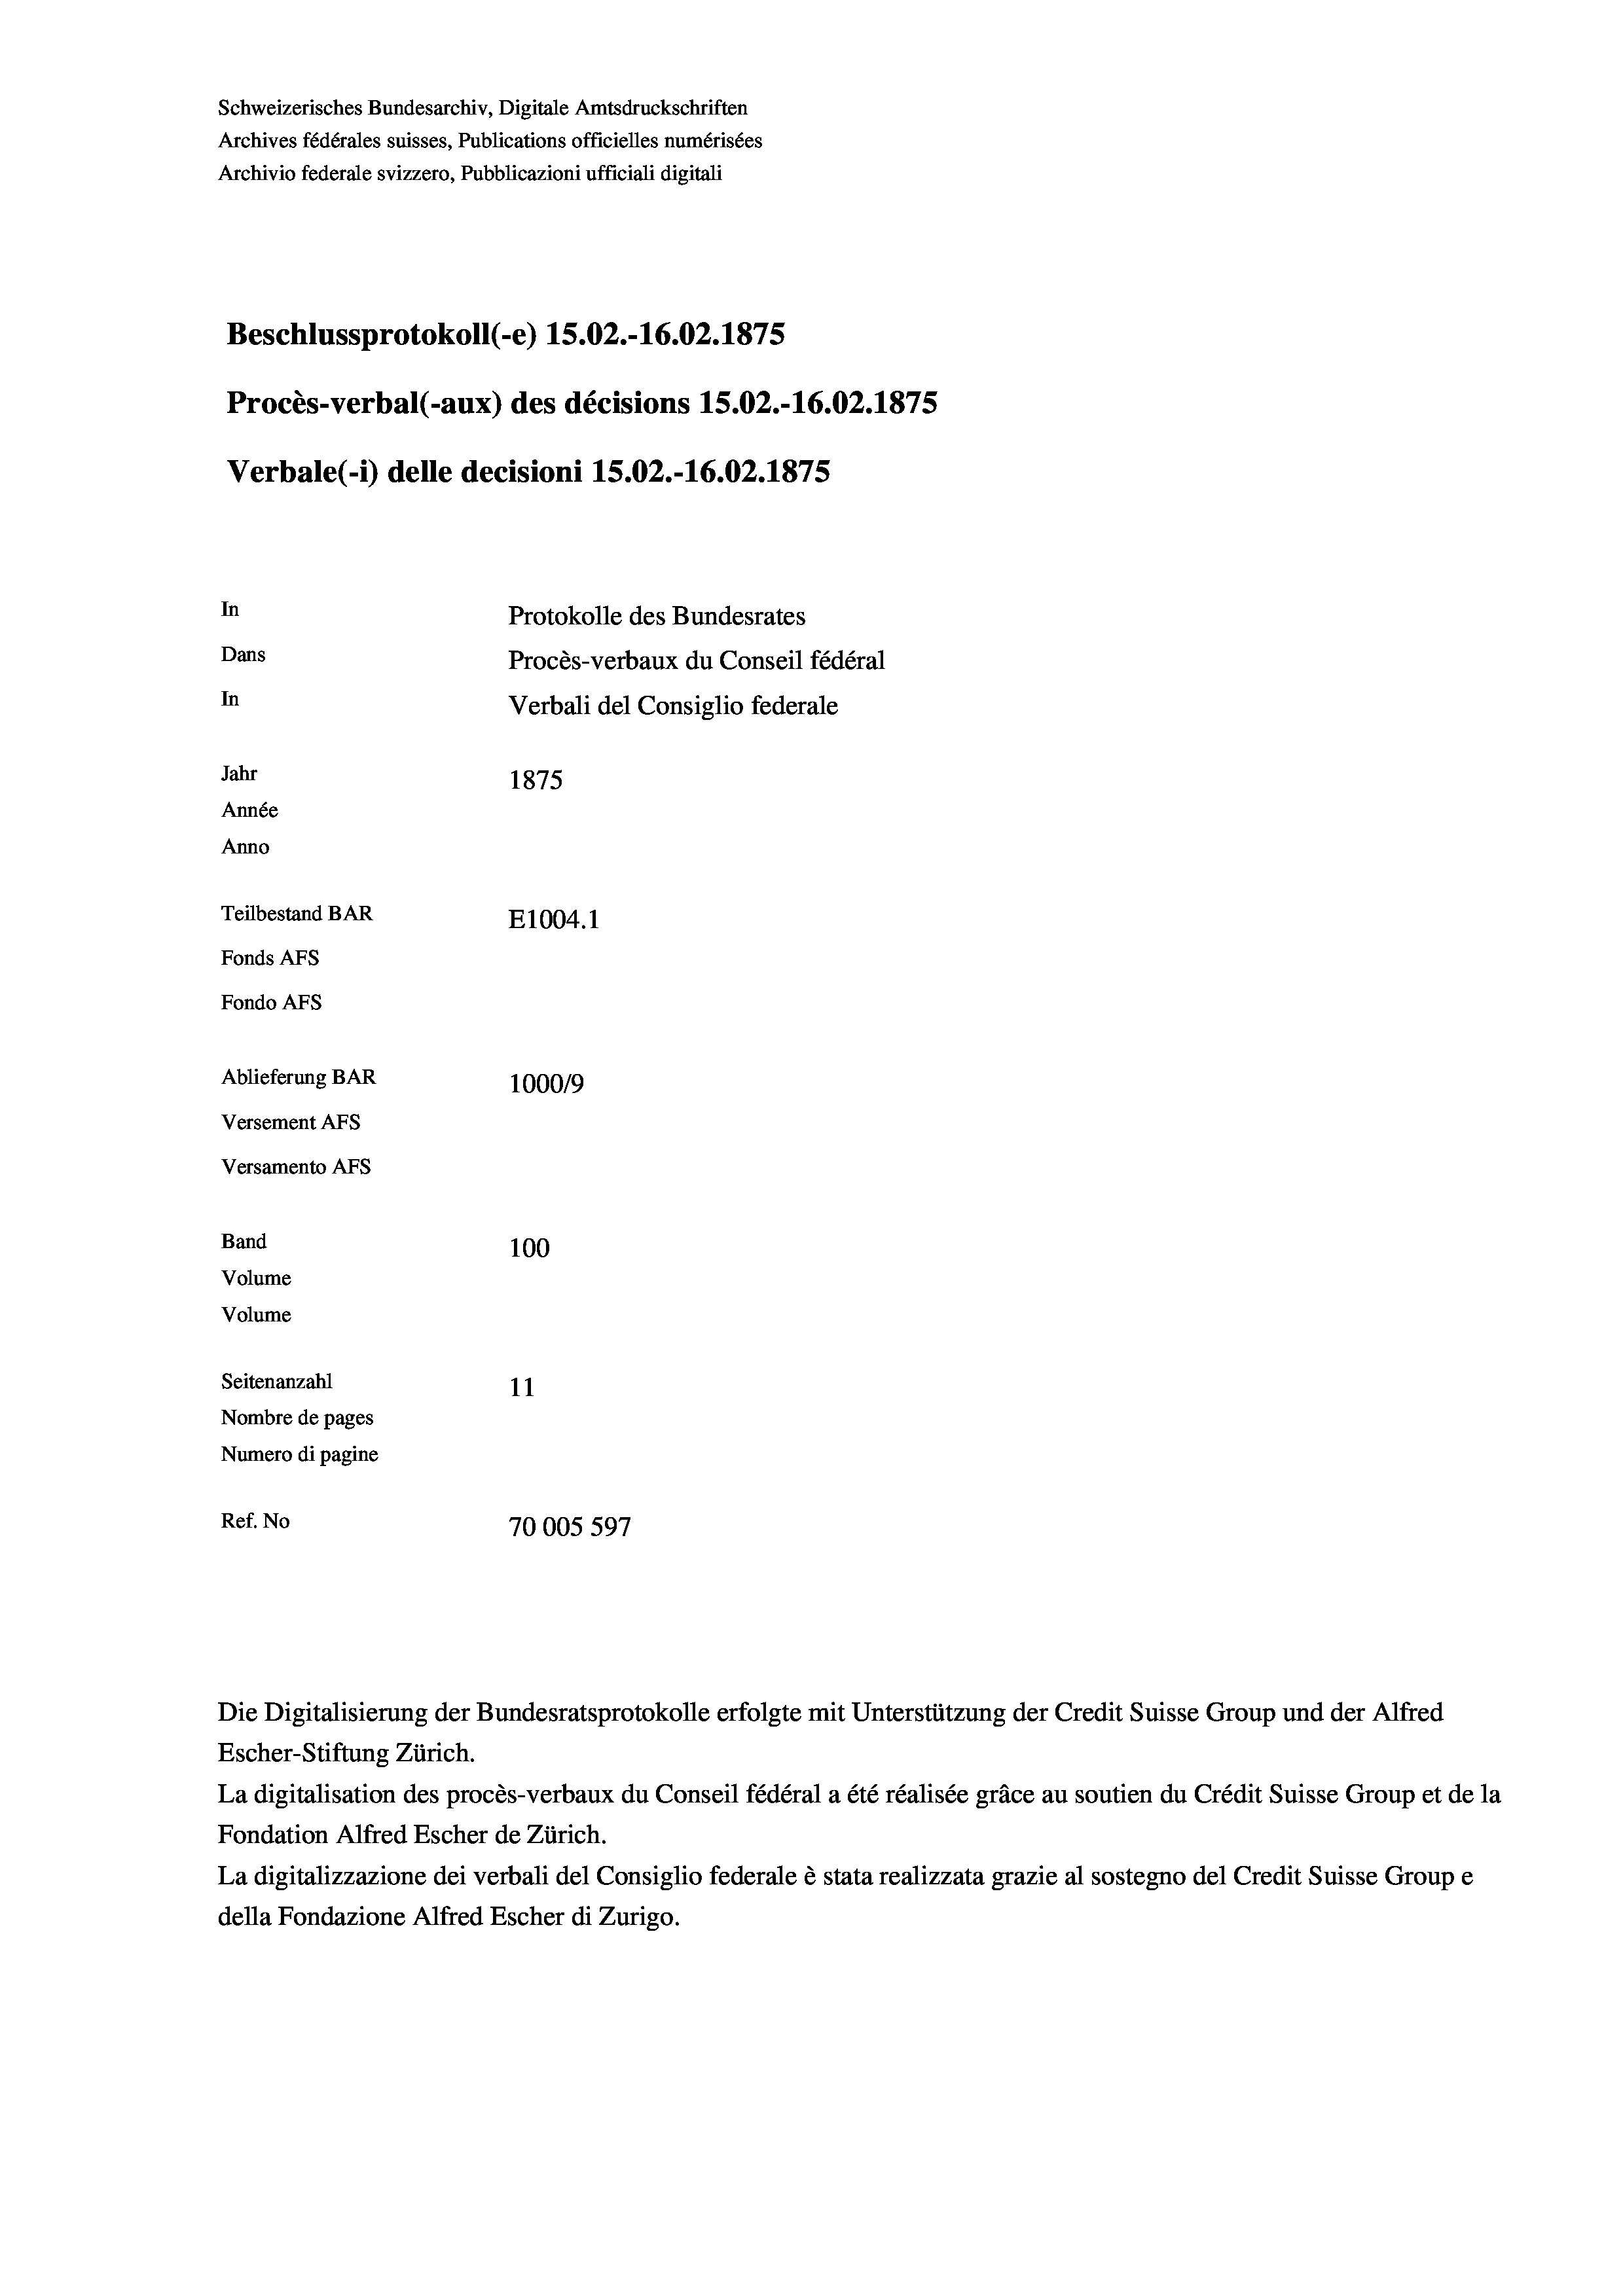
Schweizerisches Bundesarchiv, Digitale Amtsdruckschriften
Archives fédérales suisses, Publications officielles numérisées
Archivio federale svizzero, Pubblicazioni ufficiali digitali
Beschlussprotokoll (-e) 15.02.-16.02.1875
Procès-verbal (-aux) des décisions 15.02.-16.02.1875
Verbale(- 1) delle decisioni 15.02.-16.02. 1875
In
Protokolle des Bundesrates
Dans
Procès-verbaux du Conseil fédéral
In
Verbali del Consiglio federale
Jahr
1875
Année
Anno
Teilbestand BAR
E1004. 1
Fonds AFs
Fondo AFS
Ablieferung BAR
100019
Versement AFs
Versamento AFs
Band
100

Seitenanzahl
11
Nombre de pages
Numero di pagine
Ref. No
70005 597

Volume
Volume

Die Digitalisierung der Bundesratsprotokolle erfolgte mit Unterstützung der Credit Suisse Group und der Alfred
Escher-Stiftung Zürich.
La digitalisation des procès-verbaux du Conseil fédéral a été réalisée gräce au soutien du Crédit Suisse Group et de la
Fondation Alfred Escher de Zürich.
La digitalizzazione dei verbali del Consiglio federale è stata realizzata grazie al sostegno del Credit Suisse Groupe
della Fondazione Alfred Escher di Zurigo.